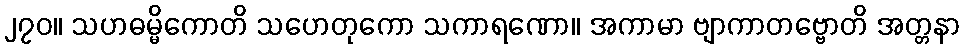
၂၇၀။ သဟဓမ္မိကောတိ သဟေတုကော သကာရဏော။ အကာမာ ဗျာကာတဗ္ဗောတိ အတ္တနာ